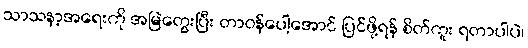
သာသနာ့အရေးကို အမြဲတွေးပြီး တာဝန်ပေါ့အောင် ပြင်ဖို့ရန် စိတ်ကူး ရတာပါပဲ၊